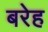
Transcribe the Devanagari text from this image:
बरेह